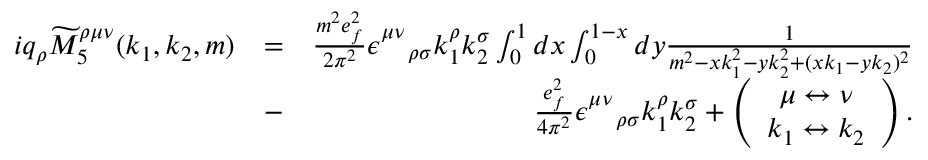
\begin{array} { r l r } { i q _ { \rho } \widetilde { M } _ { 5 } ^ { \rho \mu \nu } ( k _ { 1 } , k _ { 2 } , m ) } & { = } & { \frac { m ^ { 2 } e _ { f } ^ { 2 } } { 2 \pi ^ { 2 } } \epsilon _ { \quad \rho \sigma } ^ { \mu \nu } k _ { 1 } ^ { \rho } k _ { 2 } ^ { \sigma } \int _ { 0 } ^ { 1 } d x \int _ { 0 } ^ { 1 - x } d y \frac { 1 } { m ^ { 2 } - x k _ { 1 } ^ { 2 } - y k _ { 2 } ^ { 2 } + ( x k _ { 1 } - y k _ { 2 } ) ^ { 2 } } } \\ & { - } & { \frac { e _ { f } ^ { 2 } } { 4 \pi ^ { 2 } } \epsilon _ { \quad \rho \sigma } ^ { \mu \nu } k _ { 1 } ^ { \rho } k _ { 2 } ^ { \sigma } + \left( \begin{array} { c } { \mu \leftrightarrow \nu } \\ { k _ { 1 } \leftrightarrow k _ { 2 } } \end{array} \right) . } \end{array}